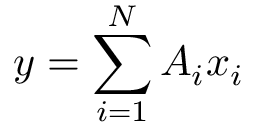
\boldsymbol { y } = \sum _ { i = 1 } ^ { N } { \boldsymbol { A } _ { i } } { \boldsymbol { x } _ { i } }